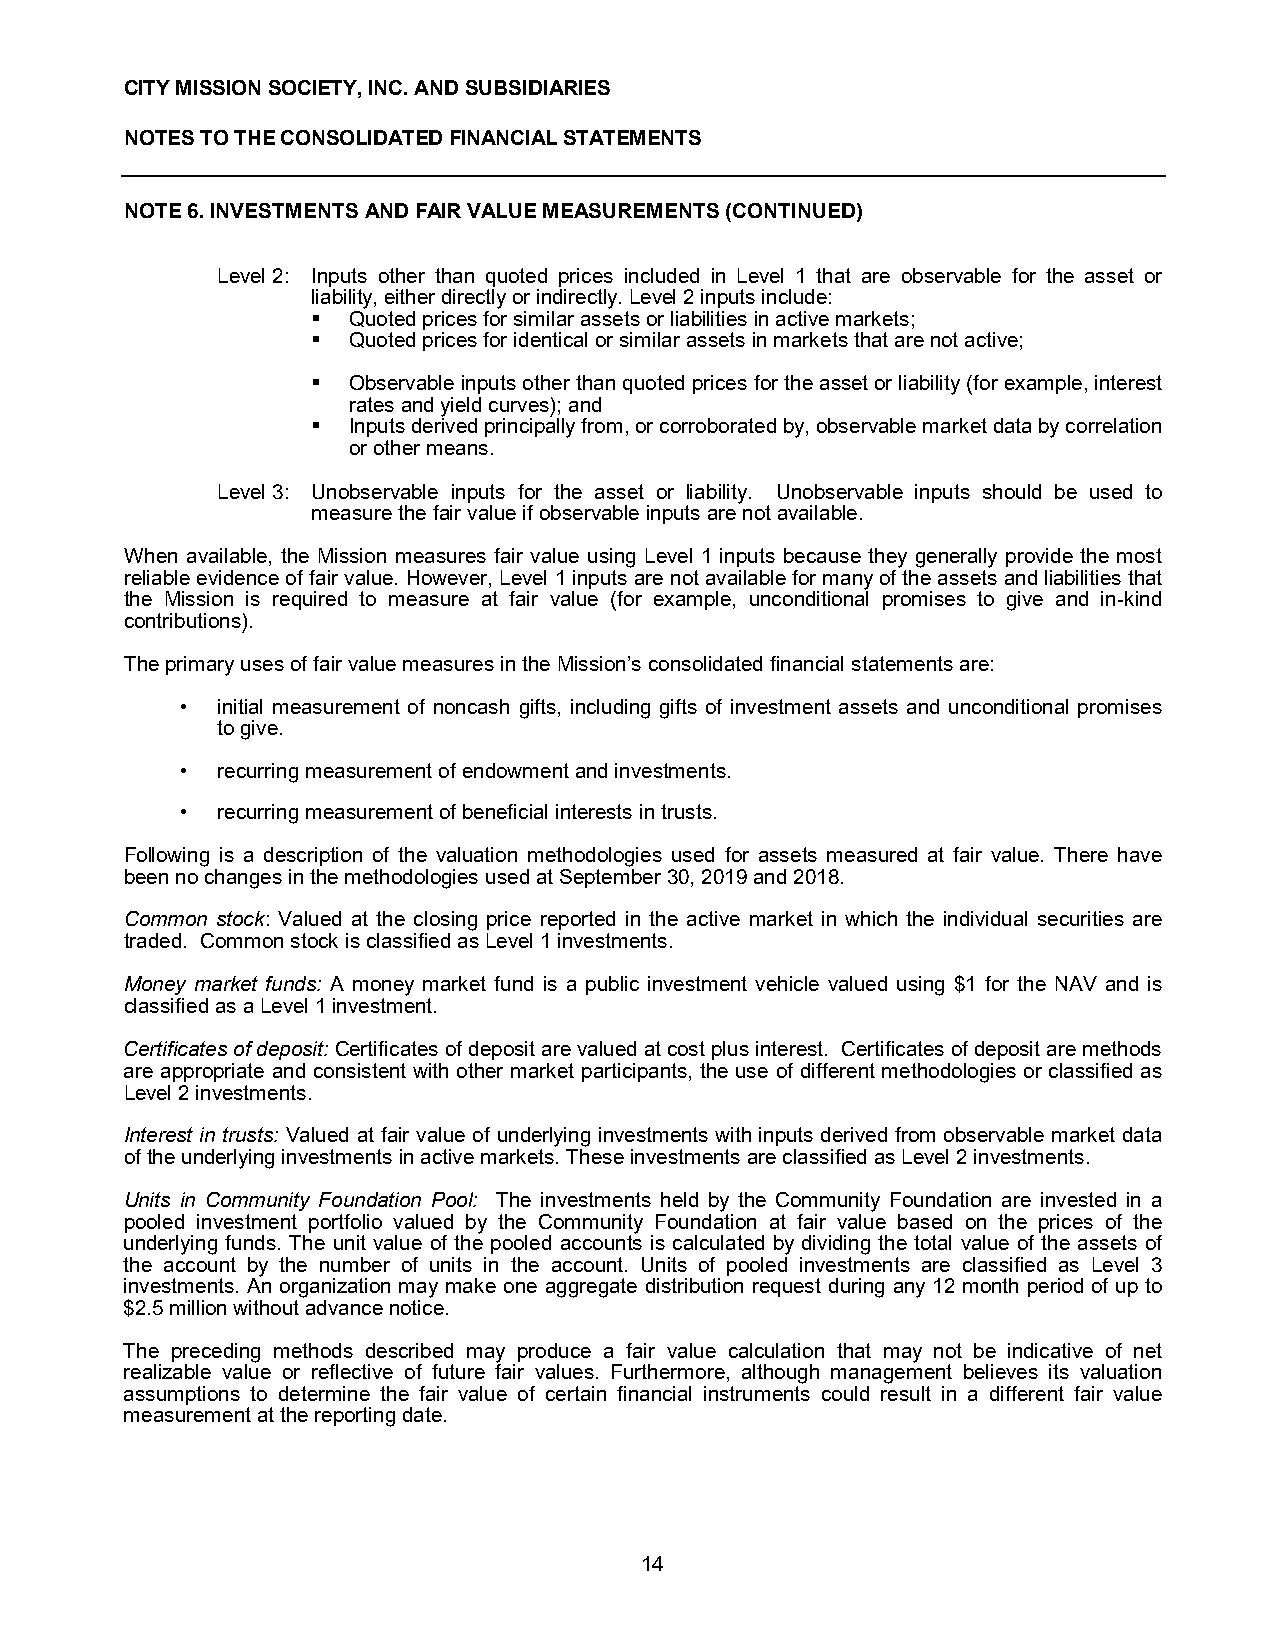
CITY MISSION SOCIETY, INC. AND SUBSIDIARIES
 NOTES TO THE CONSOLIDATED FINANCIAL STATEMENTS
 NOTE 6. INVESTMENTS AND FAIR VALUE MEASUREMENTS (CONTINUED)
 Level 2: Inputs other than quoted prices included in Level 1 that are observable for the asset or
 liability, either directly or indirectly. Level 2 inputs include:
  Quoted prices for similar assets or liabilities in active markets;
  Quoted prices for identical or similar assets in markets that are not active;
  Observable inputs other than quoted prices for the asset or liability (for example, interest
 rates and yield curves); and
  Inputs derived principally from, or corroborated by, observable market data by correlation
 or other means.
 Level 3: Unobservable inputs for the asset or liability. Unobservable inputs should be used to
 measure the fair value if observable inputs are not available.
 When available, the Mission measures fair value using Level 1 inputs because they generally provide the most
 reliable evidence of fair value. However, Level 1 inputs are not available for many of the assets and liabilities that
 the Mission is required to measure at fair value (for example, unconditional promises to give and in-kind
 contributions).
 The primary uses of fair value measures in the Mission’s consolidated financial statements are:
 • initial measurement of noncash gifts, including gifts of investment assets and unconditional promises
 to give.
 • recurring measurement of endowment and investments.
 • recurring measurement of beneficial interests in trusts.
 Following is a description of the valuation methodologies used for assets measured at fair value. There have
 been no changes in the methodologies used at September 30, 2019 and 2018.
 Common stock: Valued at the closing price reported in the active market in which the individual securities are
 traded. Common stock is classified as Level 1 investments.
 Money market funds: A money market fund is a public investment vehicle valued using $1 for the NAV and is
 classified as a Level 1 investment.
 Certificates of deposit: Certificates of deposit are valued at cost plus interest. Certificates of deposit are methods
 are appropriate and consistent with other market participants, the use of different methodologies or classified as
 Level 2 investments.
 Interest in trusts: Valued at fair value of underlying investments with inputs derived from observable market data
 of the underlying investments in active markets. These investments are classified as Level 2 investments.
 Units in Community Foundation Pool: The investments held by the Community Foundation are invested in a
 pooled investment portfolio valued by the Community Foundation at fair value based on the prices of the
 underlying funds. The unit value of the pooled accounts is calculated by dividing the total value of the assets of
 the account by the number of units in the account. Units of pooled investments are classified as Level 3
 investments. An organization may make one aggregate distribution request during any 12 month period of up to
 $2.5 million without advance notice.
 The preceding methods described may produce a fair value calculation that may not be indicative of net
 realizable value or reflective of future fair values. Furthermore, although management believes its valuation
 assumptions to determine the fair value of certain financial instruments could result in a different fair value
 measurement at the reporting date.
 14